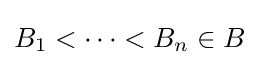
B_{1}<\cdots <B_{n}\in B